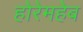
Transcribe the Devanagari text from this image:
होरेमहेब